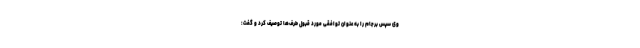
وی سپس برجام را به عنوان توافقی مورد قبول طرف‌ها توصیف کرد و گفت: